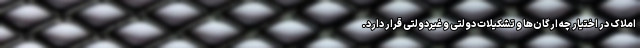
املاک در اختیار چه ارگان‌ها و تشکیلات دولتی و غیردولتی قرار دارد.